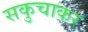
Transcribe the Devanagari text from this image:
सकुचाकर